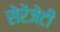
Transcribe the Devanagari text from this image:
सेरेंजेटी